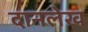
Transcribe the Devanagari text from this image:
दानलेख